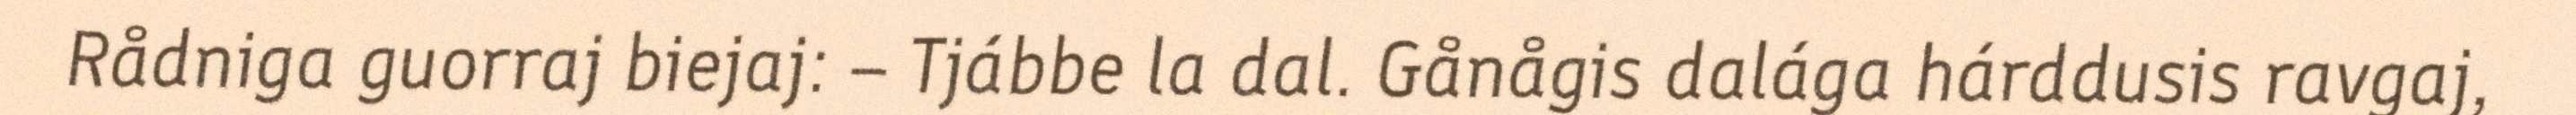
Rådniga guorraj biejaj: – Tjábbe la dal. Gånågis dalága hárddusis ravgaj,